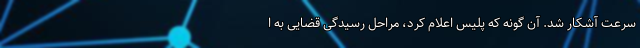
سرعت آشكار شد. آن گونه كه پليس اعلام كرد، مراحل رسیدگی قضایی به ا